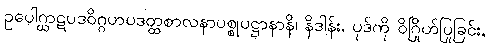
ဥပေါဂ္ဃာဋပဒဝိဂ္ဂဟပဒတ္ထစာလနာပစ္စုပဋ္ဌာနာနိ၊ နိဒါန်း, ပုဒ်ကို ဝိဂြိုဟ်ပြုခြင်း,